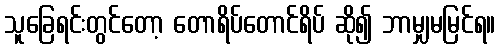
သူခြေရင်းတွင်တော့ တောရိပ်တောင်ရိပ် ဆို၍ ဘာမျှမမြင်ရ။